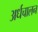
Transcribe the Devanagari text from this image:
अर्धचालन